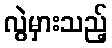
လွဲမှားသည့်